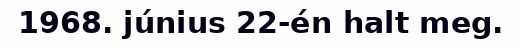
1968. június 22-én halt meg.